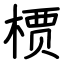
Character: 槚